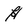
Character: H